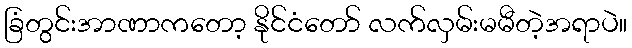
ခြံတွင်းအာဏာကတော့ နိုင်ငံတော် လက်လှမ်းမမီတဲ့အရာပဲ။